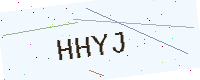
Text: HHYJ